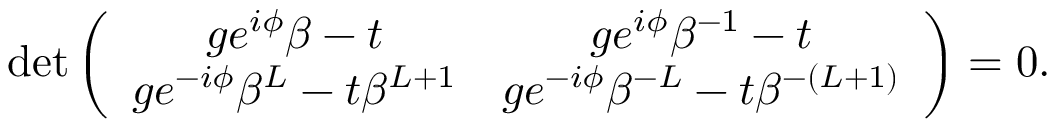
\begin{array} { r } { \operatorname* { d e t } \left( \begin{array} { c c } { g e ^ { i \phi } \beta - t } & { g e ^ { i \phi } \beta ^ { - 1 } - t } \\ { g e ^ { - i \phi } \beta ^ { L } - t \beta ^ { L + 1 } } & { g e ^ { - i \phi } \beta ^ { - L } - t \beta ^ { - ( L + 1 ) } } \end{array} \right) = 0 . } \end{array}